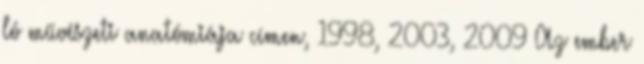
ló művészeti anatómiája címen, 1998, 2003, 2009 Az ember